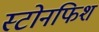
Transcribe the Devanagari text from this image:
स्टोनफिश